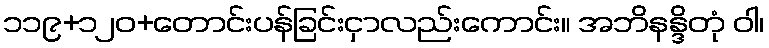
၁၁၉+၁၂၀+တောင်းပန်ခြင်းငှာလည်းကောင်း။ အဘိနန္ဒိတုံ ဝါ၊